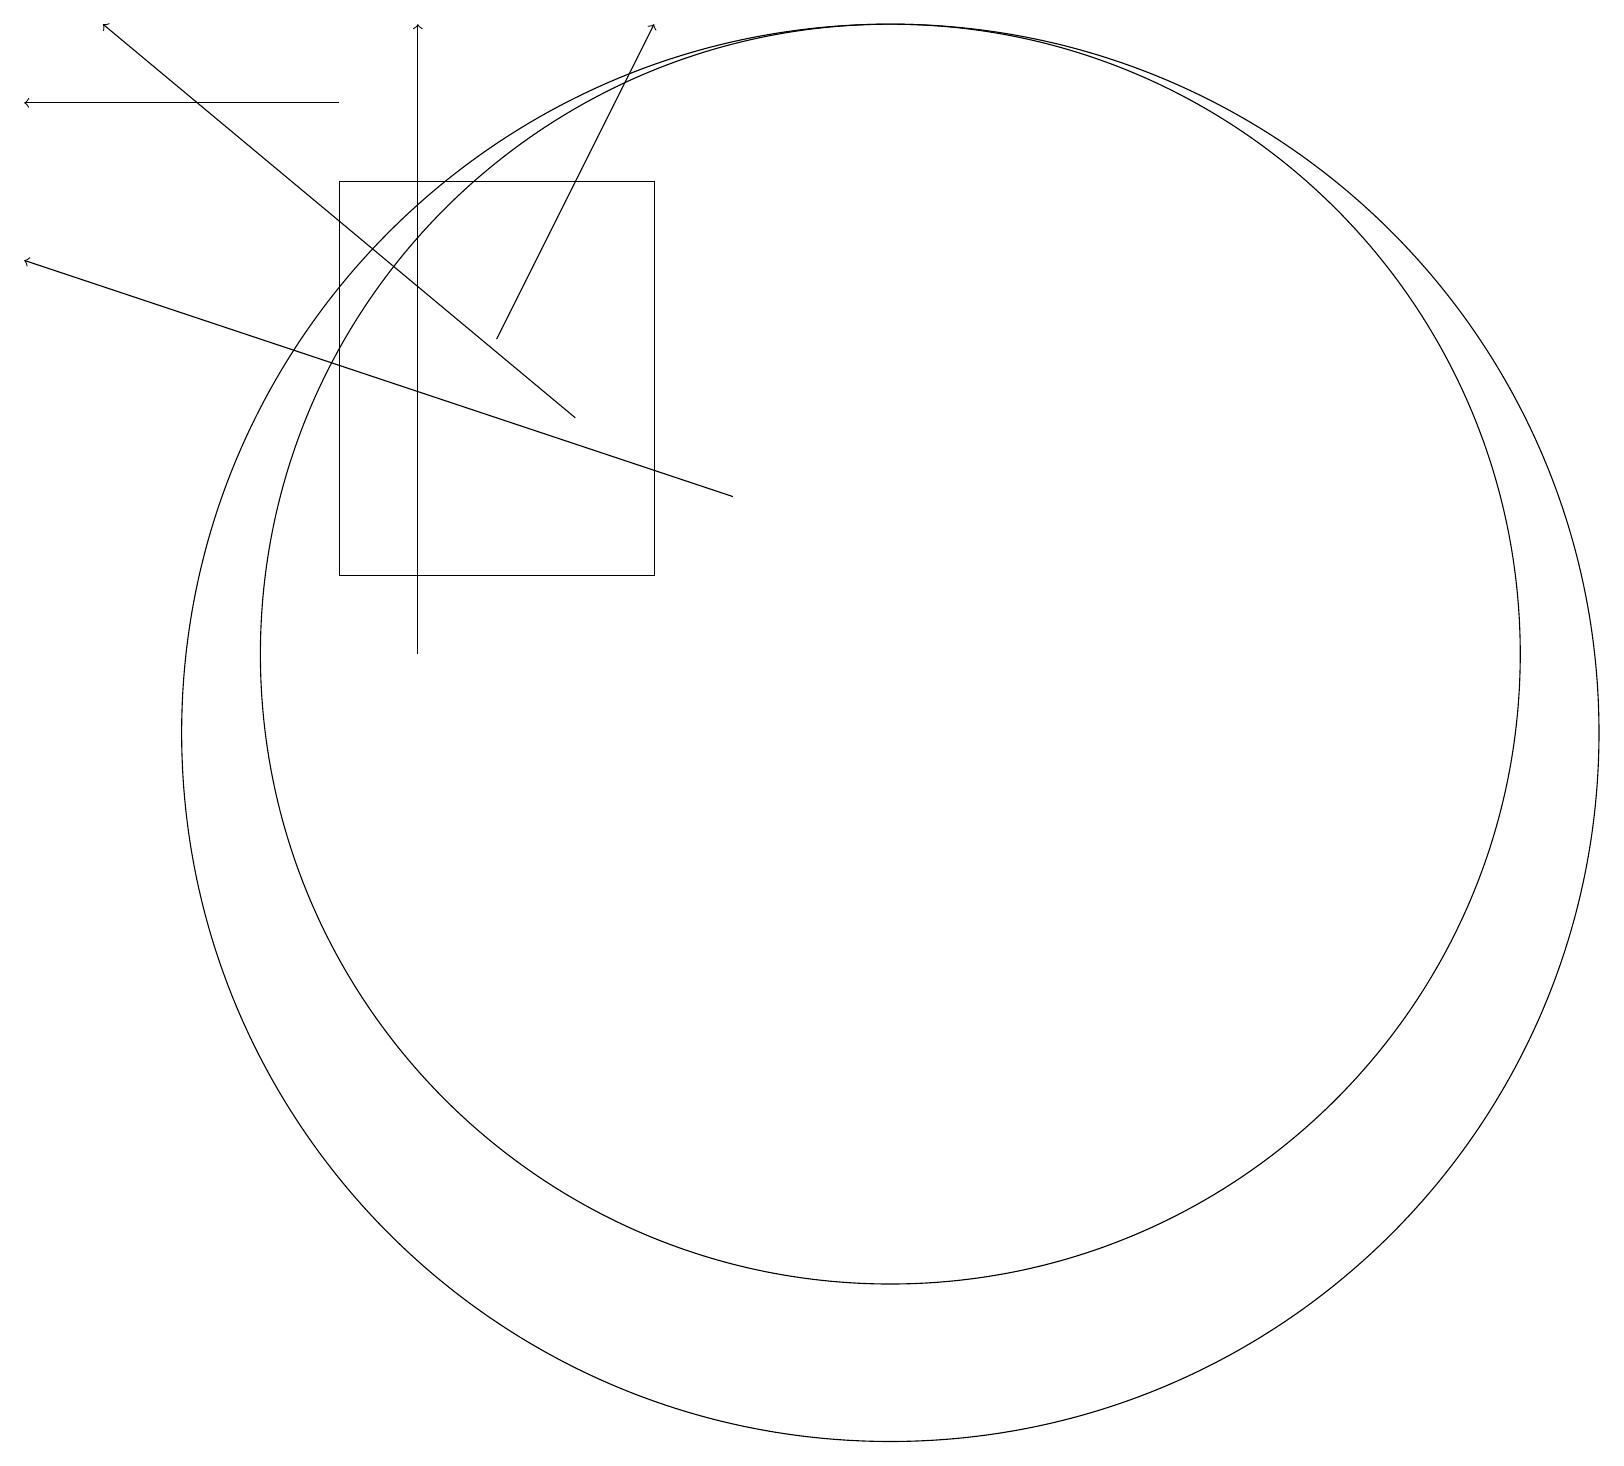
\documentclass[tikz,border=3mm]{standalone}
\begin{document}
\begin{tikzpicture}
\draw (4,12) rectangle (8,17);
\draw (11,10) circle (9);
\draw (11,11) circle (8);
\draw[->] (5,11) -- (5,19);
\draw[->] (4,18) -- (0,18);
\draw[->] (7,14) -- (1,19);
\draw[->] (9,13) -- (0,16);
\draw[->] (6,15) -- (8,19);
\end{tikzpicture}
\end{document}